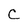
Character: C